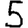
Digit: 5